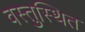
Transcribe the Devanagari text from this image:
वस्तुस्थित